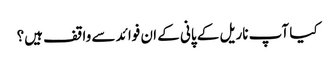
کیا آپ ناریل کے پانی کے ان فوائد سے واقف ہیں؟